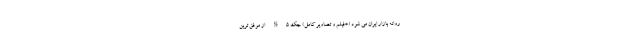
روانه بازار ایران می شود (+فیلم و تصاویر کامل) جک S5 از موفق ترین